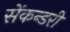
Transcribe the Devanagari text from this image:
सेंकन्‍डरी